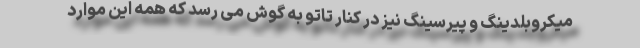
میکروبلدینگ و پیرسینگ نیز در کنار تاتو به گوش می رسد که همه این موارد